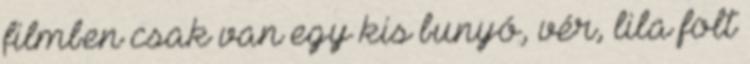
filmben csak van egy kis bunyó, vér, lila folt